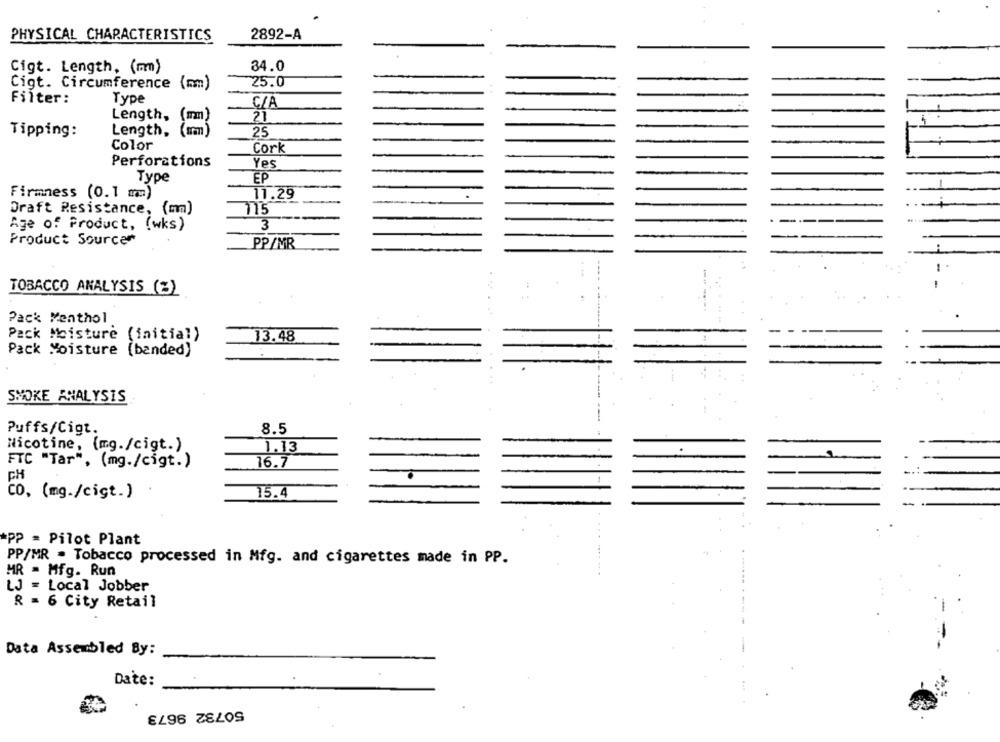
PHYSICAL CHARACTERISTICS
2892-A
34.0
Cigt. Length, (mm)
Cigt. Circumference (mm)
25.0
Filter:
Type
C/A
Length,
(mm)
21
Tipping:
Length,
(am)
25
Color
Cork
Perforations
Yes
Type
EP
Firmness (0.1 mm)
11.29
Draft Resistance, (mm)
115
Age of Product, (wks)
3
Product Sourcer
PP/MR
TOBACCO ANALYSIS (%)
Pack Menthol
Pack Moisture (initial)
13.48
Pack Moisture (banded)
SMOKE ANALYSIS
Puffs/Cigt.
8.5
Nicotine, (mg./cigt.)
1.13
FTC "Tar", (mg./cigt.)
16.7
CH
Co, (mg./cigt.)
15.4
*PP = Pilot Plant
PP/MR - Tobacco processed in Mfg. and cigarettes made in PP.
MR . Mfg. Run
LJ = Local Jobber
R = 6 City Retail
Data Assembled By:
Date:
50732 9673